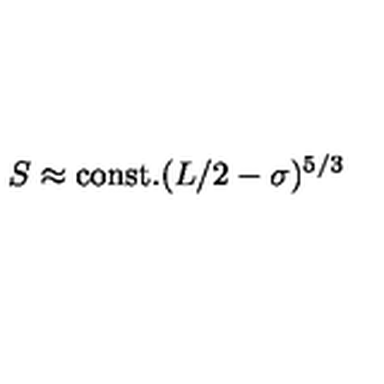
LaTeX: S \approx \mathrm { c o n s t . } ( L / 2 - \sigma ) ^ { 5 / 3 }